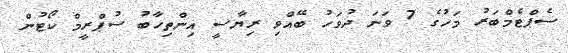
ސެޕްޓެމްބަރު މަހުގެ 7 ވަނަ ދުވަހު ބޭއްވި ރިޔާސީ އިންތިހާބު ސުޕްރީމް ކޯޓުން